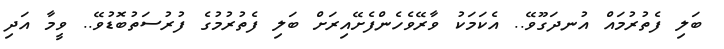
ބަލި ފެތުރުމައް އުނދަގޫވޭ.. އެކަމަކު ވާރޭވެހެންފެށޭއިރަށް ބަލި ފެތުރުމުގެ ފުރުސަތުބޮޑުވޭ.. ވީމާ އަދި